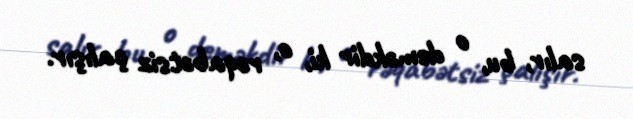
salır, bu, o deməkdir ki, o, rəqabətsiz çalışır.